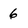
Character: 6